Annual report of the Punjab Veterinary College and of the Civil Veterinary Department, Punjab - 1920-1925
Year: 1920
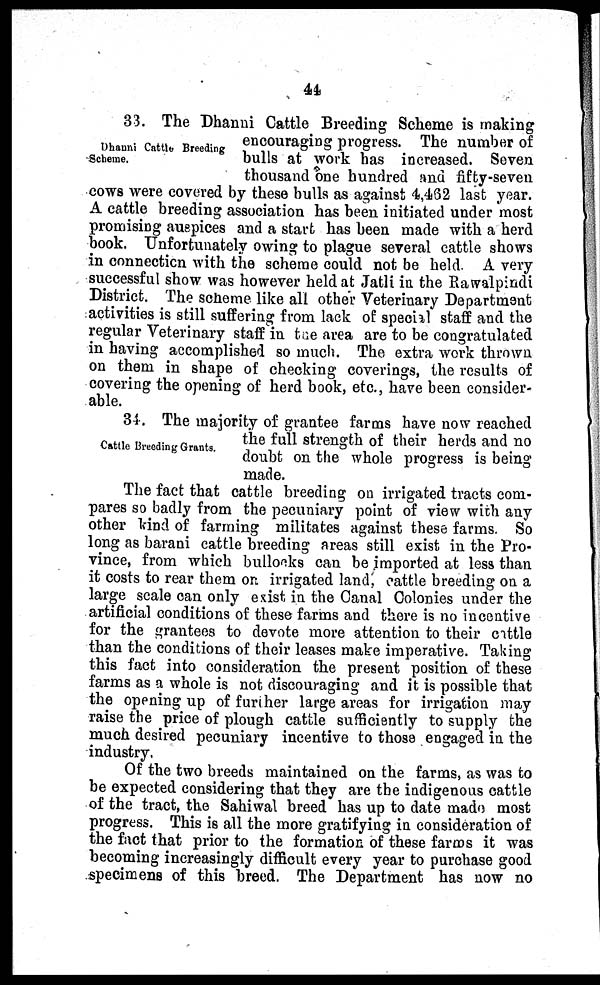
44
Dhanni Cattle Breeding
•Scheme.
33. The Dhanni Cattle Breeding Scheme is making
encouraging progress. The number of
bulls at work has increased. Seven
thousand one hundred and fifty-seven
cows were covered by these bulls as against 4,462 last year.
A cattle breeding association has been initiated under most
promising auspices and a start has been made with a herd
book. Unfortunately owing to plague several cattle shows
in connection with the scheme could not be held. A very
successful show was however held at Jatli in the Rawalpindi
District. The scheme like all other Veterinary Department
activities is still suffering from lack of special staff and the
regular Veterinary staff in the area are to be congratulated
in having accomplished so much. The extra work thrown
on them in shape of checking coverings, the results of
covering the opening of herd book, etc., have been consider-
able.
Cattle Breeding Grants.
34. The majority of grantee farms have now reached
the full strength of their herds and no
doubt on the whole progress is being
made.
The fact that cattle breeding on irrigated tracts com-
pares so badly from the pecuniary point of view with any
other kind of farming militates against these farms. So
long as barani cattle breeding areas still exist in the Pro-
vince, from which bullocks can be imported at less than
it costs to rear them on irrigated land, cattle breeding on a
large scale can only exist in the Canal Colonies under the
artificial conditions of these farms and there is no incentive
for the grantees to devote more attention to their cattle
than the conditions of their leases make imperative. Taking
this fact into consideration the present position of these
farms as a whole is not discouraging and it is possible that
the opening up of further large areas for irrigation may
raise the price of plough cattle sufficiently to supply the
much desired pecuniary incentive to those engaged in the
industry.
Of the two breeds maintained on the farms, as was to
be expected considering that they are the indigenous cattle
of the tract, the Sahiwal breed has up to date made most
progress. This is all the more gratifying in consideration of
the fact that prior to the formation of these farms it was
becoming increasingly difficult every year to purchase good
specimens of this breed. The Department has now no